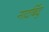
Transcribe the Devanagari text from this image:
नादबिंदु